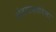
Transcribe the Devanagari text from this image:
अंतराकारिता